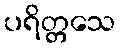
ပရိတ္တသေ